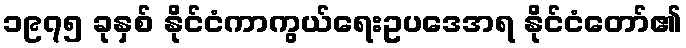
၁၉၇၅ ခုနှစ် နိုင်ငံကာကွယ်ရေးဥပဒေအရ နိုင်ငံတော်၏